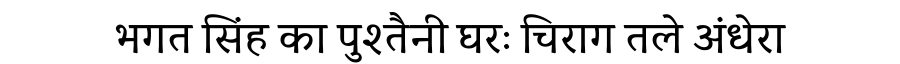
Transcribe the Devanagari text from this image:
भगत सिंह का पुश्तैनी घरः चिराग तले अंधेरा